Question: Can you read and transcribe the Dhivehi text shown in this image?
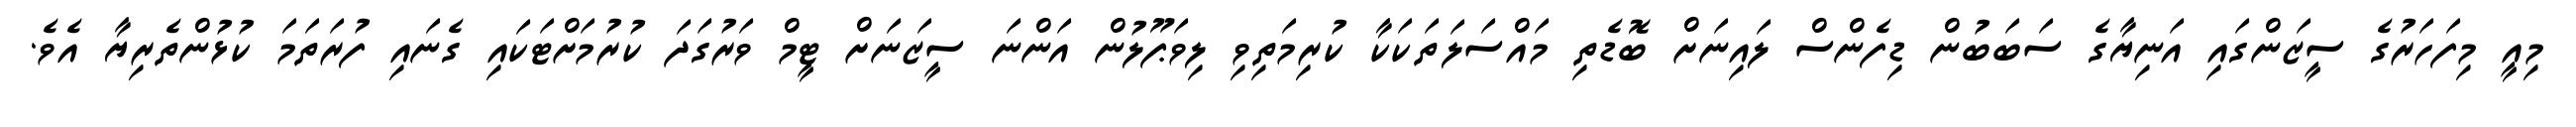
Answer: މިއީ މިފަހަރުގެ ސީޒަންގައި އަނިޔާގެ ސަބަބުން ޑިފެންސް ލައިނަށް ބޮޑެތި މައްސަލަތަކަކާ ކުރިމަތިވި ލިވަޕޫލުން އަންނަ ސީޒަނަށް ޓީމް ވަރުގަދަ ކުރުމަށްޓަކައި ގެނައި ފުރަތަމަ ކުޅުންތެރިޔާ އެވެ.